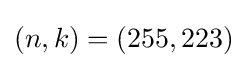
(n,k)=(255,223)